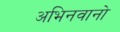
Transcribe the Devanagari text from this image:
अभिनवानो